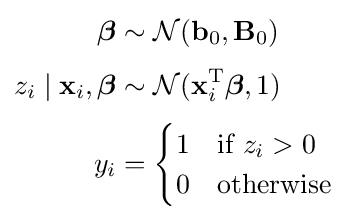
{\begin{aligned}{\boldsymbol {\beta }}&\sim {\mathcal {N}}(\mathbf {b} _{0},\mathbf {B} _{0})\\[3pt]z_{i}\mid \mathbf {x} _{i},{\boldsymbol {\beta }}&\sim {\mathcal {N}}(\mathbf {x} _{i}^{\operatorname {T} }{\boldsymbol {\beta }},1)\\[3pt]y_{i}&={\begin{cases}1&{\text{if }}z_{i}>0\\0&{\text{otherwise}}\end{cases}}\end{aligned}}